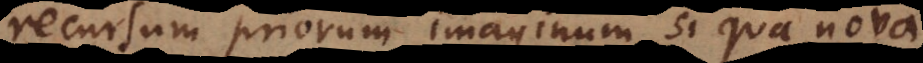
recursum priorum imaginum, si qua nova